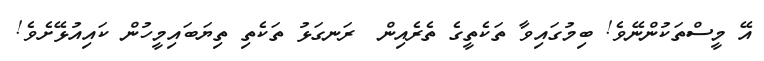
އޭ މީސްތަކުންނޭވެ! ބިމުގައިވާ ތަކެތީގެ ތެރެއިން  ރަނގަޅު ތަކެތި ތިޔަބައިމީހުން ކައިއުޅޭށެވެ!